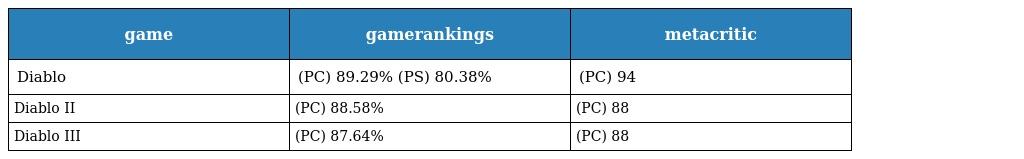
| game | gamerankings | metacritic |
 | --- | --- | --- |
 | Diablo | (PC) 89.29% (PS) 80.38% | (PC) 94 |
 | Diablo II | (PC) 88.58% | (PC) 88 |
 | Diablo III | (PC) 87.64% | (PC) 88 |